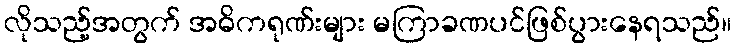
လိုသည့်အတွက် အဓိကရုဏ်းများ မကြာခဏပင်ဖြစ်ပွားနေရသည်။